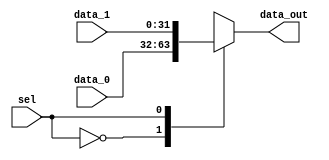
module mux_divSrc (
    input wire sel,
    input wire [31:0] data_0, // from A (div) or B (divm)
    input wire [31:0] data_1, // from B (div) or MDR (divm)
    output reg [31:0] data_out
);
    always @(*) begin
        case (sel)
            1'd0: data_out = data_0;
            1'd1: data_out = data_1;
            default: data_out = data_0;
        endcase 
    end 

endmodule